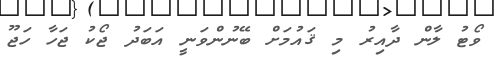
ވޯޓު ލާން ދާއިރު މި ޤައުމަށް ބޭނުންވަނީ އަބަދު ޖޯކު ޖަހާ ހަޖޫ